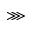
\ggg